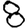
Digit: 8